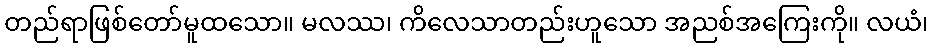
တည်ရာဖြစ်တော်မူထသော။ မလဿ၊ ကိလေသာတည်းဟူသော အညစ်အကြေးကို။ လယံ၊